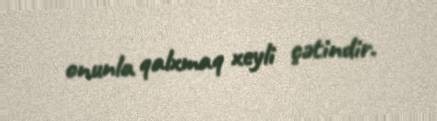
onunla qalxmaq xeyli çətindir.